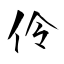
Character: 伶